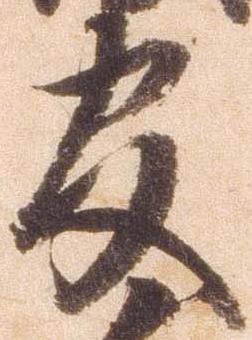
官